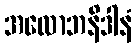
အလောဘနိဒါနံ